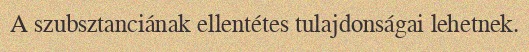
A szubsztanciának ellentétes tulajdonságai lehetnek.